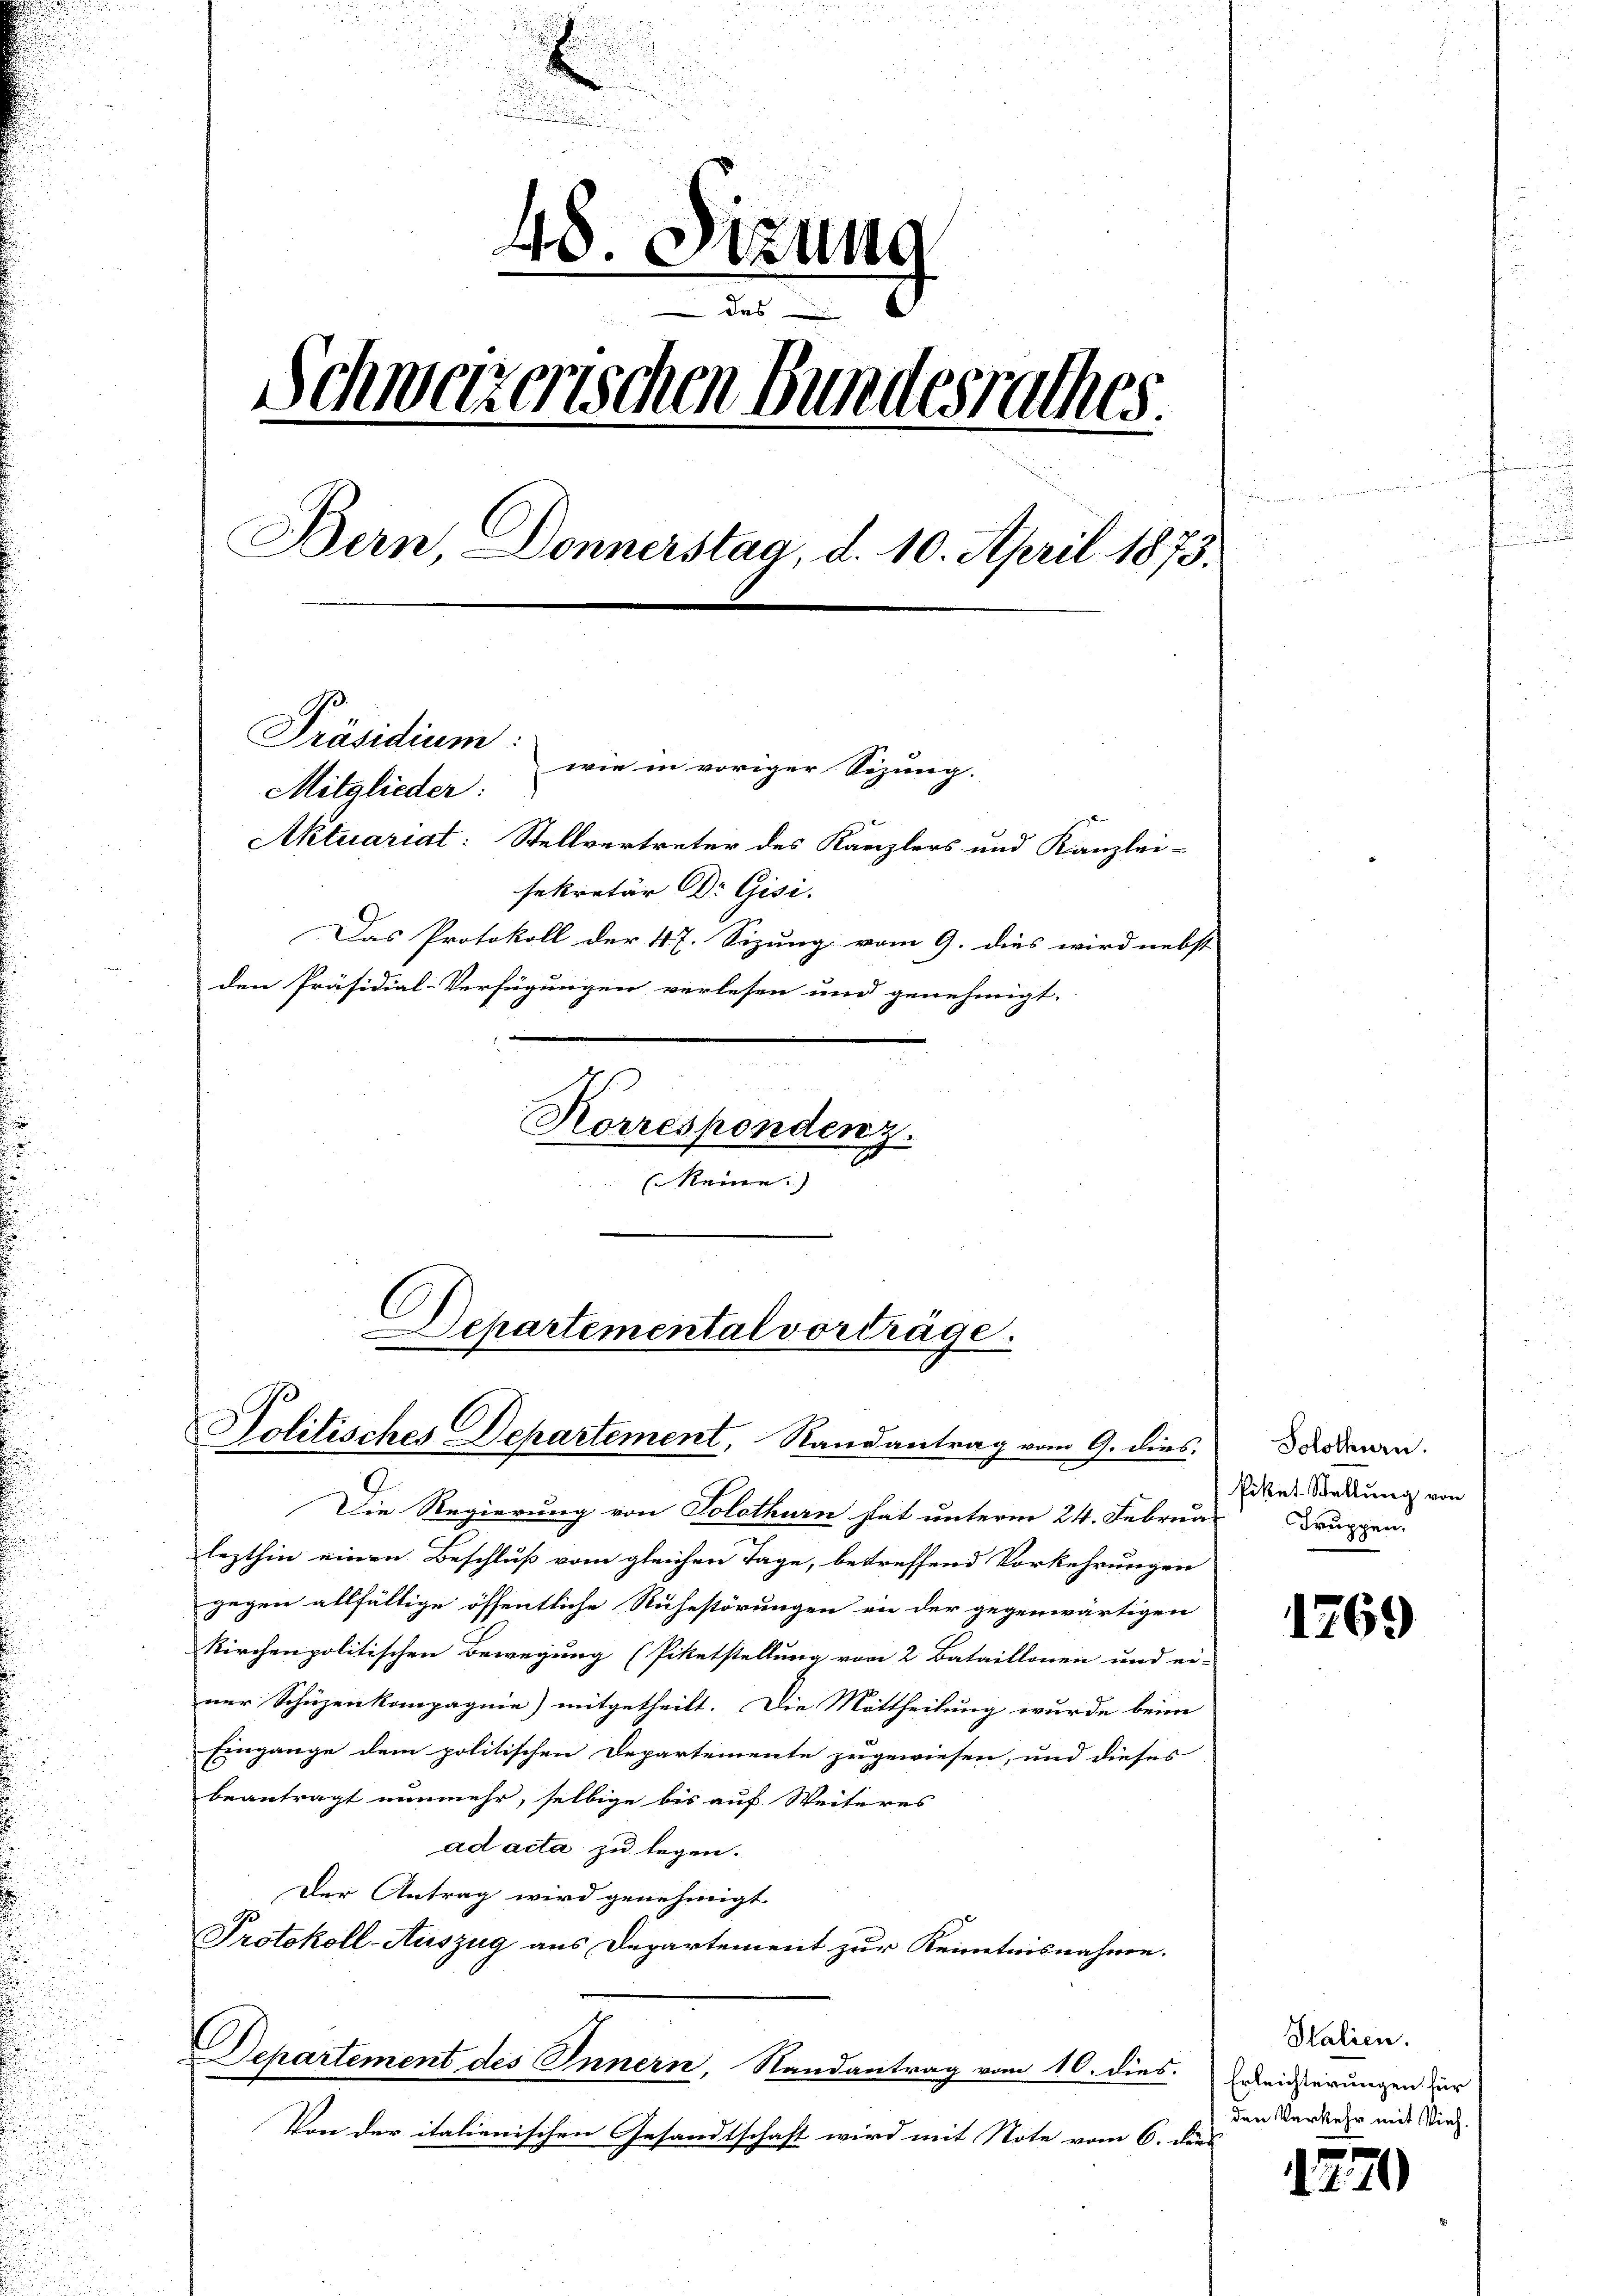
E
¬
48. Sizung
Schweizerischen Bundesrathes
Bern Donnerstag, d. 10. April 1873.
Präsidium:
wie in voriger Sizung.
Mitglieder:
Aktuariat: Stellvertreter des Kanzlers und Kanzlei-
sekretär DDr. Gisi.
Das Protokoll der 47. Sizung vom 9. dies wird nebst
den Präsidial-Verfügungen verlesen und genehmigt.
Korrespondenz.
(keine.)

Departemental vorträge.
Politisches Departement, Randantrag vom 9. dies

Die Regierung von Solothurn stat unterm 24. Februa
lezthin einen Beschluß vom gleichen Tage, betreffend Vorkehrungen
gegen allfällige öffentliche Ruhestörungen in der gegenwärtigen
kirchenpolitischen Bewegung (Piketstellung vom 2 Bataillonen und ei-
ner Schüzenkompagnie) mitgetheilt. Die Mittheilung wurde beim
Eingange dem politischen Departemente zugewiesen, und dieses
beantragt nunmehr, selbige bis auf Weiteres
ad acta zu legen.
Der Antrag wird genehmigt.
Protokoll-Auszug aus Departement zur Kenntnisnahme.
Departement des Innern, Randantrag vom 10. dies
Von der italienischen Gesandtschaft wird mit Note vom 6. ders

Solothurn.
fikat Stellung von
Truppen.

1269

Italien.
Erleichterungen für
den Verkehr mit Vieh.

1270